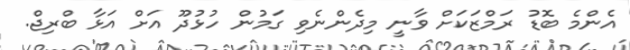
އެންމެ ބޮޑު ރަމްޒަކަށް ވާނީ މިދެންނެވި ގަމުން ހުޅުދޫ އަށް އަޅާ ބްރިޖް.